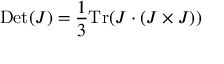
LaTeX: \mathrm { D e t } ( J ) = \frac { 1 } { 3 } \mathrm { T r } ( J \cdot ( J \times J ) )